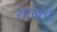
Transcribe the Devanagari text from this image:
शाखचे